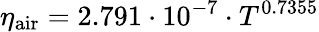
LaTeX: \eta_{\mathrm{air}}=2.791\cdot 10^{-7}\cdot T^{0.7355}